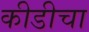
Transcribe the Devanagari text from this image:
कीडीचा